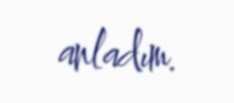
anladım.